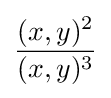
{\frac {(x,y)^{2}}{(x,y)^{3}}}